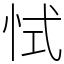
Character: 恜